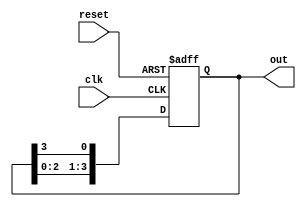
module ring_counter (
    input wire clk,         // Clock signal
    input wire reset,       // Asynchronous reset signal
    output reg [N-1:0] out  // Ring counter output (N flip-flops)
);

parameter N = 4;  // Number of flip-flops (States in the ring counter)

// Asynchronous reset and state transition
always @(posedge clk or posedge reset) begin
    if (reset) begin
        // Initialize the ring counter to 1 followed by N-1 zeros
        out <= 1'b1 << (N - 1);  // Set the last flip-flop to '1', others to '0'
    end else begin
        // Shift the '1' to the right
        out <= {out[N-2:0], out[N-1]}; // Shift left the '1'
    end
end

endmodule